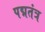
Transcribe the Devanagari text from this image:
पद्मतंत्र